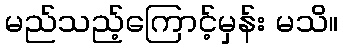
မည်သည့်ကြောင့်မှန်း မသိ။